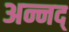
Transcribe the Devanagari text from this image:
अन्नद्